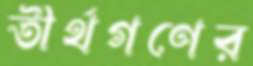
তীর্থগণের